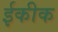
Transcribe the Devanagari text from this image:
ईकीक